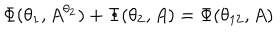
\Phi ( \theta _ { 1 } , A ^ { \theta _ { 2 } } ) + \Phi ( \theta _ { 2 } , A ) = \Phi ( \theta _ { 1 2 } , A )